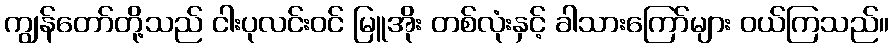
ကျွန်တော်တို့သည် ငါးပုလင်းဝင် မြူအိုး တစ်လုံးနှင့် ခါသားကြော်များ ဝယ်ကြသည်။